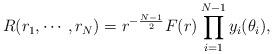
LaTeX: \begin{align*} R(r_1,\cdots,r_{N})=r^{-\frac{N-1}{2}}F(r)\prod_{i=1}^{N-1}y_i(\theta_i),\end{align*}